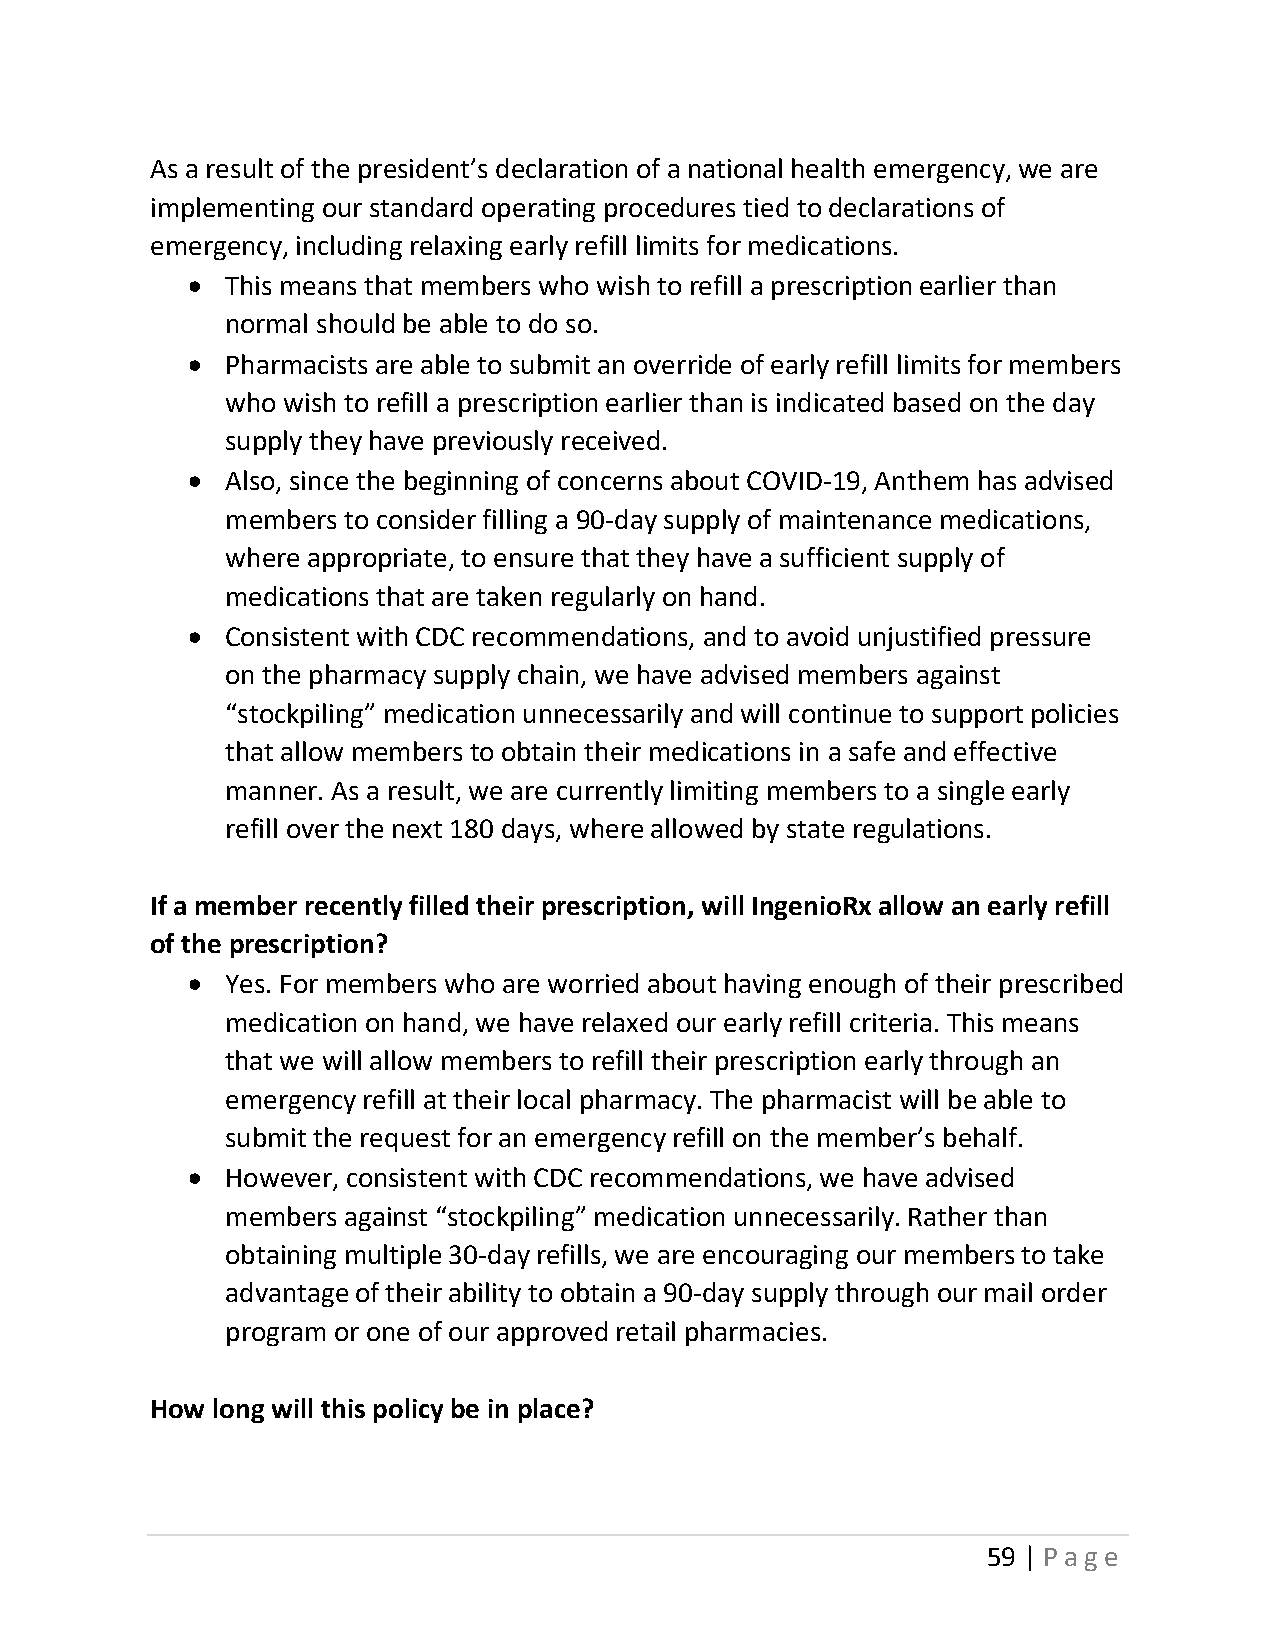
As a result of the president’s declaration of a national health emergency, we are
 implementing our standard operating procedures tied to declarations of
 emergency, including relaxing early refill limits for medications.
 •  This means that members who wish to refill a prescription earlier than
 normal should be able to do so.
 •  Pharmacists are able to submit an override of early refill limits for members
 who wish to refill a prescription earlier than is indicated based on the day
 supply they have previously received.
 •  Also, since the beginning of concerns about COVID-19, Anthem has advised
 members to consider filling a 90-day supply of maintenance medications,
 where appropriate, to ensure that they have a sufficient supply of
 medications that are taken regularly on hand.
 •  Consistent with CDC recommendations, and to avoid unjustified pressure
 on the pharmacy supply chain, we have advised members against
 “stockpiling” medication unnecessarily and will continue to support policies
 that allow members to obtain their medications in a safe and effective
 manner. As a result, we are currently limiting members to a single early
 refill over the next 180 days, where allowed by state regulations.
 If a member recently filled their prescription, will IngenioRx allow an early refill
 of the prescription?
 •  Yes. For members who are worried about having enough of their prescribed
 medication on hand, we have relaxed our early refill criteria. This means
 that we will allow members to refill their prescription early through an
 emergency refill at their local pharmacy. The pharmacist will be able to
 submit the request for an emergency refill on the member’s behalf.
 •  However, consistent with CDC recommendations, we have advised
 members against “stockpiling” medication unnecessarily. Rather than
 obtaining multiple 30-day refills, we are encouraging our members to take
 advantage of their ability to obtain a 90-day supply through our mail order
 program or one of our approved retail pharmacies.
 How long will this policy be in place?
 59 | Page